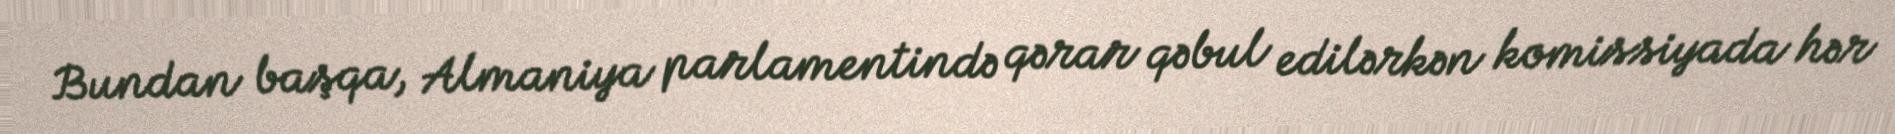
Bundan başqa, Almaniya parlamentində qərar qəbul edilərkən komissiyada hər